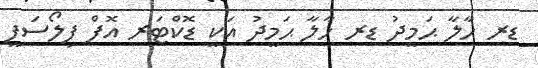
ޑރ ހާލާ ޙަމީދު ޑރ ހާލާ ޙަމީދު އަކީ ޑޮކްޓަރ އޮފް ފިލޯސަފީ